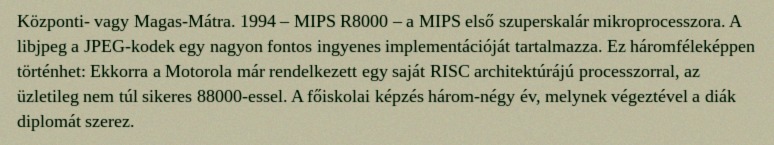
Központi- vagy Magas-Mátra. 1994 – MIPS R8000 – a MIPS első szuperskalár mikroprocesszora. A libjpeg a JPEG-kodek egy nagyon fontos ingyenes implementációját tartalmazza. Ez háromféleképpen történhet: Ekkorra a Motorola már rendelkezett egy saját RISC architektúrájú processzorral, az üzletileg nem túl sikeres 88000-essel. A főiskolai képzés három-négy év, melynek végeztével a diák diplomát szerez.